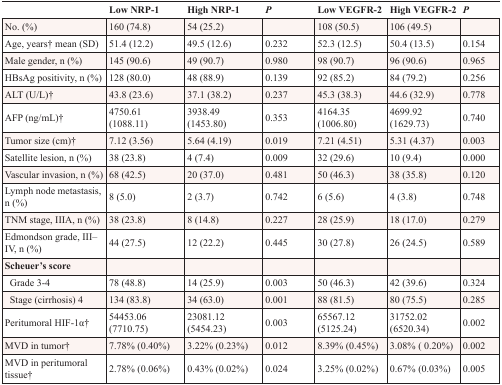
<table><thead><tr><td></td><td><b>Low NRP-1</b></td><td><b>High NRP-1</b></td><td><b><i>P</i></b></td><td><b>Low VEGFR-2</b></td><td><b>High VEGFR-2</b></td><td><b><i>P</i></b></td></tr></thead><tbody><tr><td>No. (%)</td><td>160 (74.8)</td><td>54 (25.2)</td><td></td><td>108 (50.5)</td><td>106 (49.5)</td><td></td></tr><tr><td>Age, years† mean (SD)</td><td>51.4 (12.2)</td><td>49.5 (12.6)</td><td>0.232</td><td>52.3 (12.5)</td><td>50.4 (13.5)</td><td>0.154</td></tr><tr><td>Male gender, n (%)</td><td>145 (90.6)</td><td>49 (90.7)</td><td>0.980</td><td>98 (90.7)</td><td>96 (90.6)</td><td>0.965</td></tr><tr><td>HBsAg positivity, n (%)</td><td>128 (80.0)</td><td>48 (88.9)</td><td>0.139</td><td>92 (85.2)</td><td>84 (79.2)</td><td>0.256</td></tr><tr><td>ALT (U/L)†</td><td>43.8 (23.6)</td><td>37.1 (38.2)</td><td>0.237</td><td>45.3 (38.3)</td><td>44.6 (32.9)</td><td>0.778</td></tr><tr><td>AFP (ng/mL)†</td><td>4750.61(1088.11)</td><td>3938.49(1453.80)</td><td>0.353</td><td>4164.35(1006.80)</td><td>4699.92(1629.73)</td><td>0.740</td></tr><tr><td>Tumor size (cm)†</td><td>7.12 (3.56)</td><td>5.64 (4.19)</td><td>0.019</td><td>7.21 (4.51)</td><td>5.31 (4.37)</td><td>0.003</td></tr><tr><td>Satellite lesion, n (%)</td><td>38 (23.8)</td><td>4 (7.4)</td><td>0.009</td><td>32 (29.6)</td><td>10 (9.4)</td><td>0.000</td></tr><tr><td>Vascular invasion, n (%)</td><td>68 (42.5)</td><td>20 (37.0)</td><td>0.481</td><td>50 (46.3)</td><td>38 (35.8)</td><td>0.120</td></tr><tr><td>Lymph node metastasis, n (%)</td><td>8 (5.0)</td><td>2 (3.7)</td><td>0.742</td><td>6 (5.6)</td><td>4 (3.8)</td><td>0.748</td></tr><tr><td>TNM stage, IIIA, n (%)</td><td>38 (23.8)</td><td>8 (14.8)</td><td>0.227</td><td>28 (25.9)</td><td>18 (17.0)</td><td>0.279</td></tr><tr><td>Edmondson grade, III–IV, n (%)</td><td>44 (27.5)</td><td>12 (22.2)</td><td>0.445</td><td>30 (27.8)</td><td>26 (24.5)</td><td>0.589</td></tr><tr><td><b>Scheuer&#x27;s score</b></td><td></td><td></td><td></td><td></td><td></td><td></td></tr><tr><td> Grade 3-4</td><td>78 (48.8)</td><td>14 (25.9)</td><td>0.003</td><td>50 (46.3)</td><td>42 (39.6)</td><td>0.324</td></tr><tr><td> Stage (cirrhosis) 4</td><td>134 (83.8)</td><td>34 (63.0)</td><td>0.001</td><td>88 (81.5)</td><td>80 (75.5)</td><td>0.285</td></tr><tr><td>Peritumoral HIF-1α†</td><td>54453.06(7710.75)</td><td>23081.12(5454.23)</td><td>0.003</td><td>65567.12(5125.24)</td><td>31752.02(6520.34)</td><td>0.002</td></tr><tr><td>MVD in tumor†</td><td>7.78% (0.40%)</td><td>3.22% (0.23%)</td><td>0.012</td><td>8.39% (0.45%)</td><td>3.08% (0.20%)</td><td>0.002</td></tr><tr><td>MVD in peritumoral tissue†</td><td>2.78% (0.06%)</td><td>0.43% (0.02%)</td><td>0.024</td><td>3.25% (0.02%)</td><td>0.67% (0.03%)</td><td>0.005</td></tr></tbody></table>